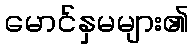
မောင်နှမများ၏